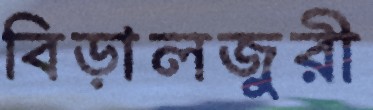
বিড়ালজুরী